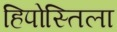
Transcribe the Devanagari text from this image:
हिपोस्तिला